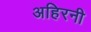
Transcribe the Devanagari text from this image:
अहिरनी